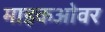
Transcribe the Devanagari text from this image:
माइकओवर